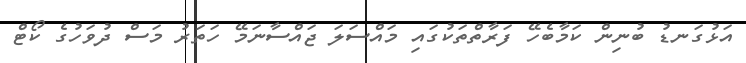
އަޅުގަނޑު ބުނިިން ކަމާބެހޭ ފަރާތްތަކުގައި މައްސަލަ ޖައްސާނަމޭ ހަތަރު މަސް ދުވަހުގެ ކޯޓް